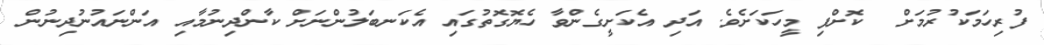
ފުރިހަމަކުރުމަށް  ކޮށްފި މީހަކަށެވެ. އަދި އެކަށީގެންވާ ހެޔޮގޮތުގައި އެކަނބަލުންނަށް ކާންދިނުމާއި އަންނައުނުދިނުން